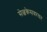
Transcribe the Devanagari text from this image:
सेल्वकेसवरयर